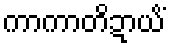
ကာကာတိဍာယိံ